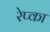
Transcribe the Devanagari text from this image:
रेप्का